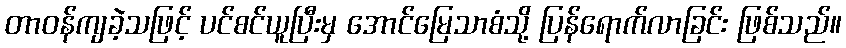
တာဝန်ကျခဲ့သဖြင့် ပင်စင်ယူပြီးမှ အောင်မြေသာစံသို့ ပြန်ရောက်လာခြင်း ဖြစ်သည်။